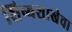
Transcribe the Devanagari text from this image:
शिष्यशाखेचा